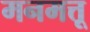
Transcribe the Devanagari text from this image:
मनमत्तू